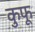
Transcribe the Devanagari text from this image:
कुफू